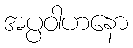
အပ္ပဝါဟနော